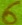
Text: 6